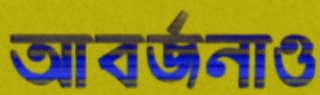
আবর্জনাও